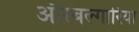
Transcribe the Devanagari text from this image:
औरबल्गारिया